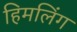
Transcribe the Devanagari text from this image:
हिमलिंग